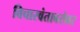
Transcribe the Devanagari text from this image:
विचारवंताबरोबर